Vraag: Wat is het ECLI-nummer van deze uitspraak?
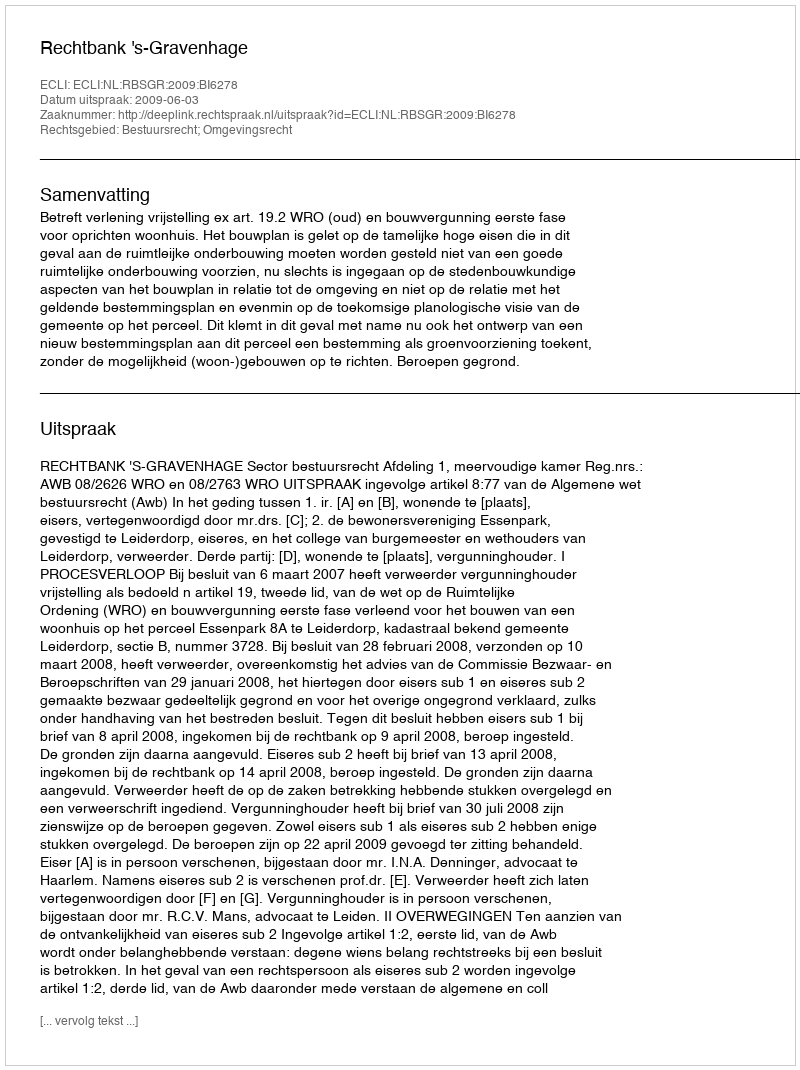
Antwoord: ECLI:NL:RBSGR:2009:BI6278